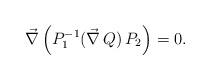
LaTeX: \begin{align*}\vec{\nabla}\,\Bigl( P_{1}^{-1} (\vec{\nabla}\,Q )\, P_{2}\Bigr) = 0.\end{align*}